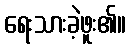
ရေးသားခဲ့ဖူး၏။